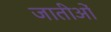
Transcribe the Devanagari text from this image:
जातीओं